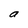
Character: a